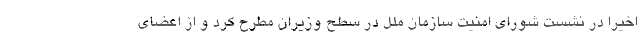
اخیرا در نشست شورای امنیت سازمان ملل در سطح وزیران مطرح کرد و از اعضای